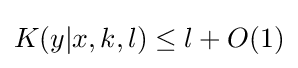
K(y|x,k,l)\leq l+O(1)